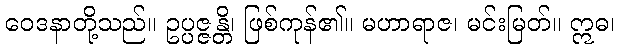
ဝေဒနာတို့သည်။ ဥပ္ပဇ္ဇန္တိ၊ ဖြစ်ကုန်၏။ မဟာရာဇ၊ မင်းမြတ်။ ဣဓ၊